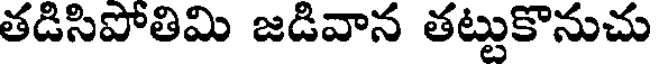
తడిసిపోతిమి జడివాన తట్టుకొనుచు